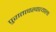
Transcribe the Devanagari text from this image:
पुरातत्त्वखात्याला